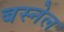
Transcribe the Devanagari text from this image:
बस्नेल